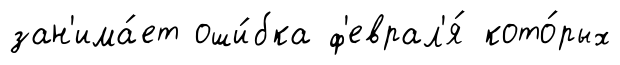
зан'има́ет оши́бка ф'еврал'я́ кото́рых